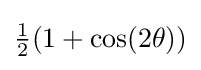
{\textstyle {\frac {1}{2}}(1+\cos(2\theta ))}